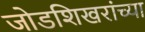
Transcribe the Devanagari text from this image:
जोडशिखरांच्या